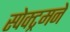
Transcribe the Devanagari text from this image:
स्पेक्ट्रमने